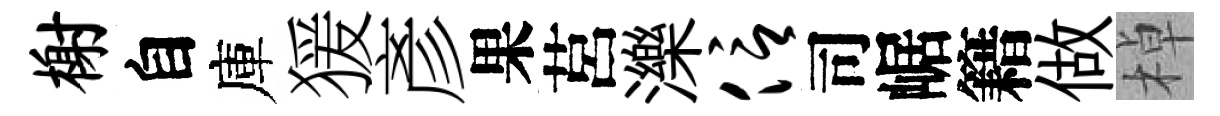
榭自庫猨彥果莒濼信司崌籍做棹